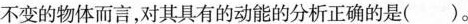
不变的物体而言，对其具有的动能的分析正确的是()。